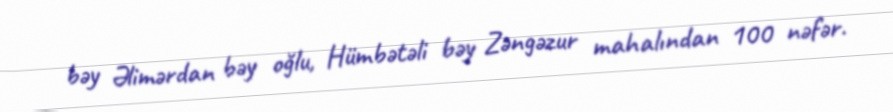
bəy Əlimərdan bəy oğlu, Hümbətəli bəy Zəngəzur mahalından 100 nəfər.